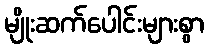
မျိုးဆက်ပေါင်းများစွာ